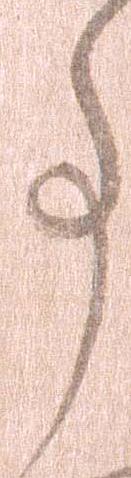
事